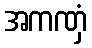
အကဏှံ